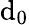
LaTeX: \mathrm{d}_{0}